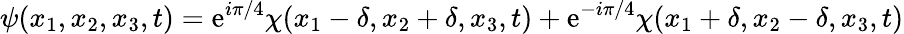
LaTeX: \psi(x_{1},x_{2},x_{3},t)=\mathrm{e}^{i\pi/4}\chi(x_{1}-\delta,x_{2}+\delta,x_{3},t)+\mathrm{e}^{-i\pi/4}\chi(x_{1}+\delta,x_{2}-\delta,x_{3},t)